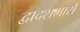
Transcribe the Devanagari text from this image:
द्वादशमासै